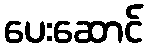
ပေးဆောင်